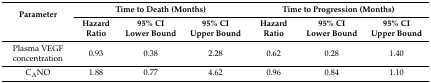
<table><thead><tr><td rowspan="2"><b>Parameter</b></td><td colspan="3"><b>Time to Death (Months)</b></td><td colspan="3"><b>Time to Progression (Months)</b></td></tr><tr><td><b>Hazard Ratio</b></td><td><b>95% CI Lower Bound</b></td><td><b>95% CI Upper Bound</b></td><td><b>Hazard Ratio</b></td><td><b>95% CI Lower Bound</b></td><td><b>95% CI Upper Bound</b></td></tr></thead><tbody><tr><td>Plasma VEGF concentration</td><td>0.93</td><td>0.38</td><td>2.28</td><td>0.62</td><td>0.28</td><td>1.40</td></tr><tr><td>C<sub>A</sub>NO</td><td>1.88</td><td>0.77</td><td>4.62</td><td>0.96</td><td>0.84</td><td>1.10</td></tr></tbody></table>